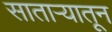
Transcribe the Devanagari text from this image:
सातार्‍यातून